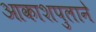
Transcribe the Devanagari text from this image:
आकाशपुलाने